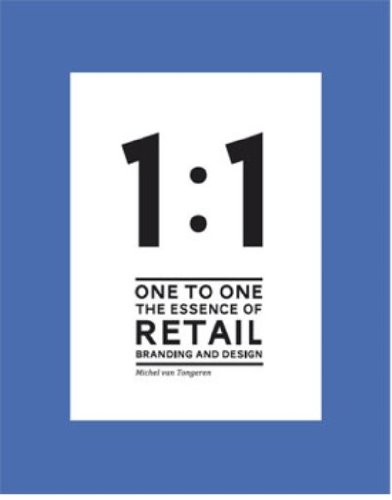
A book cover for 1 to 1: The Essence of Retail Branding and Design; Michel van Tongeren; Business & Money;